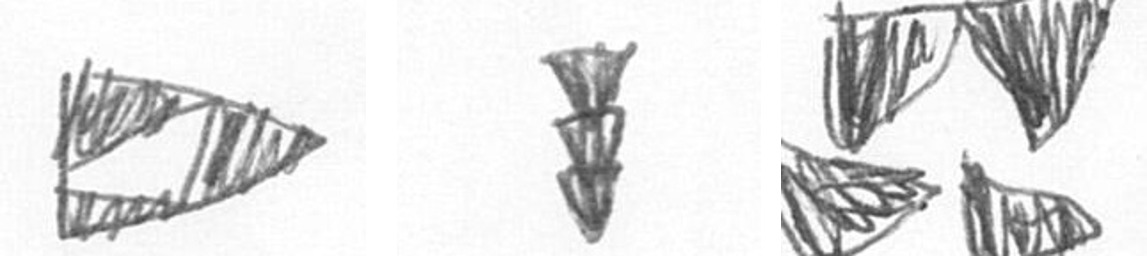
K E B